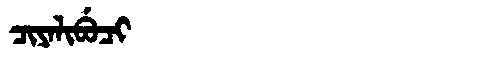
Manchu: ᠴᡳᠶᠠᠯᡳᠪᡠᠴᡳ
Romanization: CIYALIBUCI